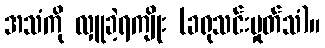
အသံကို လှူခဲ့ရကျိုး (ခရုသင်းမှုတ်သံ)။